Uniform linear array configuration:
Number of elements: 12
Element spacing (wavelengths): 0.25
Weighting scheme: exponential
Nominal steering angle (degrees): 30
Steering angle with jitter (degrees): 31.606
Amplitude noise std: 0.05
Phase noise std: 0.05

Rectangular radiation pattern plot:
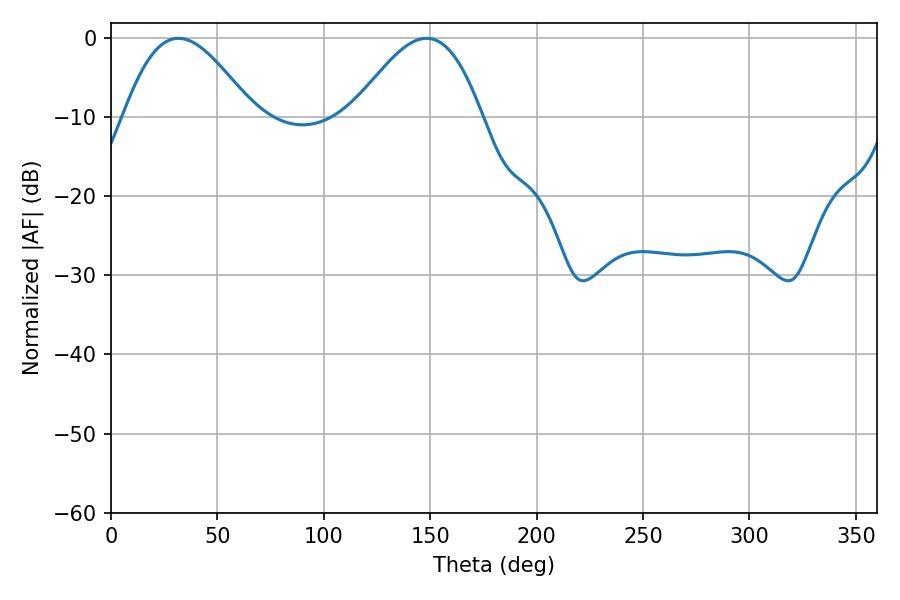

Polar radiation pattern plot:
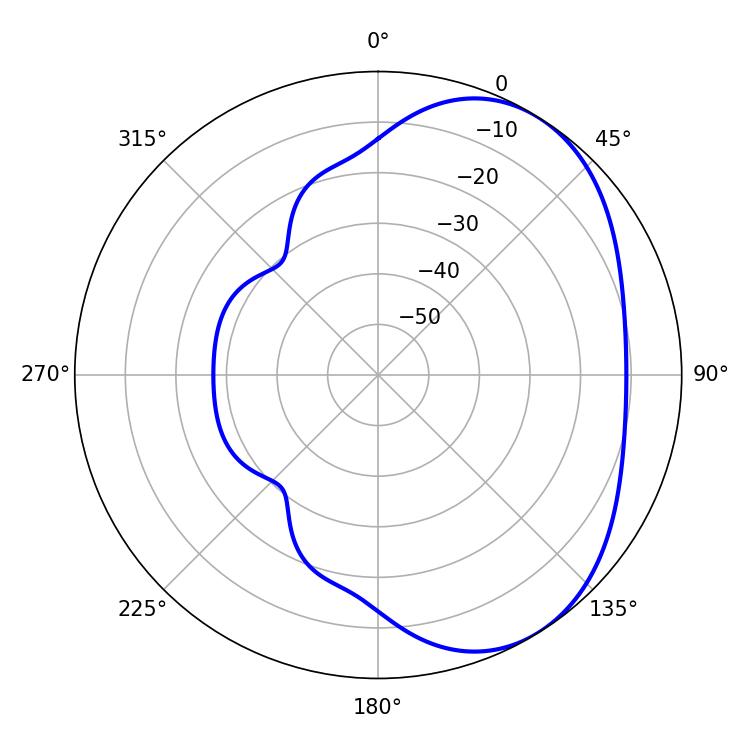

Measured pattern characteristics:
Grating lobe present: FALSE
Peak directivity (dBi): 4.299
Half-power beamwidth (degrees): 32.76
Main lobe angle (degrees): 31.68